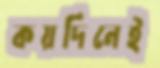
কয়দিনেই